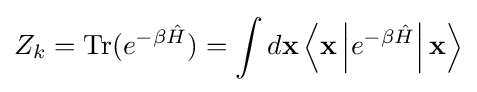
Z_{k}={\text{Tr}}(e^{-\beta {\hat {H}}})=\int d\mathbf {x} \left\langle \mathbf {x} \left|e^{-\beta {\hat {H}}}\right|\mathbf {x} \right\rangle